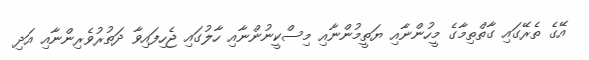
އޭގެ ތެރޭގައި ގާތްތިމާގެ މީހުންނާއި ޔަތީމުންނާއި މިސްކީނުންނާއި ހާލުގައި ޖެހިފައިވާ ދަތުރުވެރިންނާއި އަދި